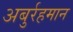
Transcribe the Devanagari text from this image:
अबुर्रहमान